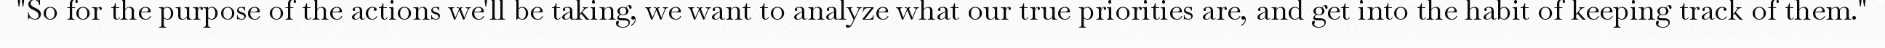
"So for the purpose of the actions we'll be taking, we want to analyze what our true priorities are, and get into the habit of keeping track of them."